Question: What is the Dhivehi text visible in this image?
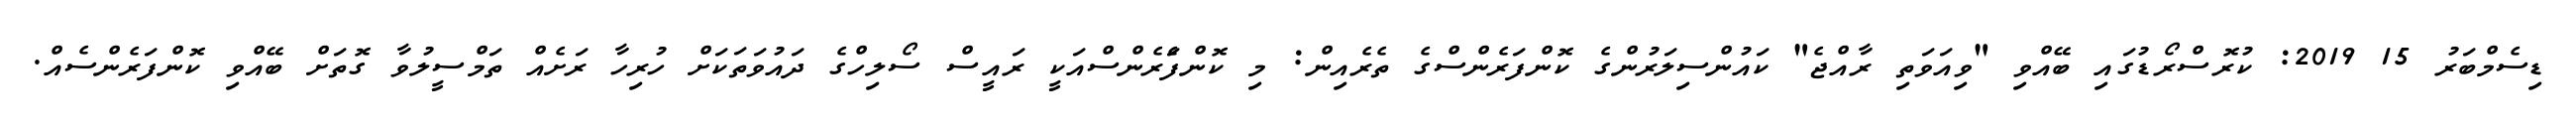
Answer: ޑިސެމްބަރު 15 2019: ކުރޮސްރޯޑުގައި ބޭއްވި "ވިއަވަތި ރާއްޖެ" ކައުންސިލަރުންގެ ކޮންފަރެންސްގެ ތެރެއިން: މި ކޮންފެަރެންސްއަކީ ރައީސް ސޯލިހްގެ ދައުވަތަކަށް ހުރިހާ ރަށެއް ތަމްސީލުވާ ގޮތަށް ބޭއްވި ކޮންފަރެންސެއް.